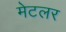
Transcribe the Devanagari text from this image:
मेटलर